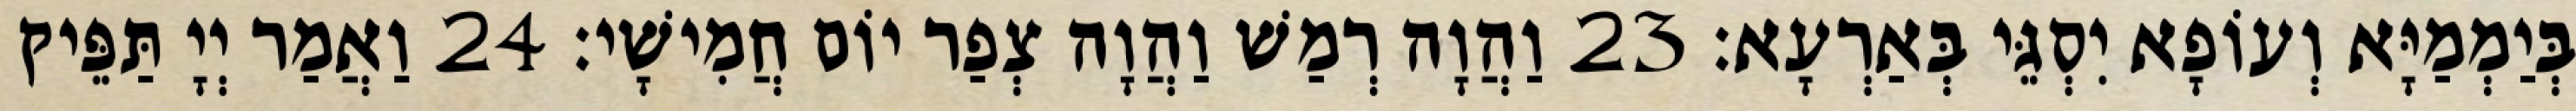
בְּיַמְמַיָּא וְעוֹפָא יִסְגֵּי בְּאַרְעָא׃ 23 וַהֲוָה רְמַשׁ וַהֲוָה צְפַר יוֹם חֲמִישָׁי׃ 24 וַאֲמַר יְיָ תַּפֵּיק